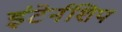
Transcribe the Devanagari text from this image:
इंटेर्नशिप